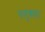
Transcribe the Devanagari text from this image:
फ्लूकहा